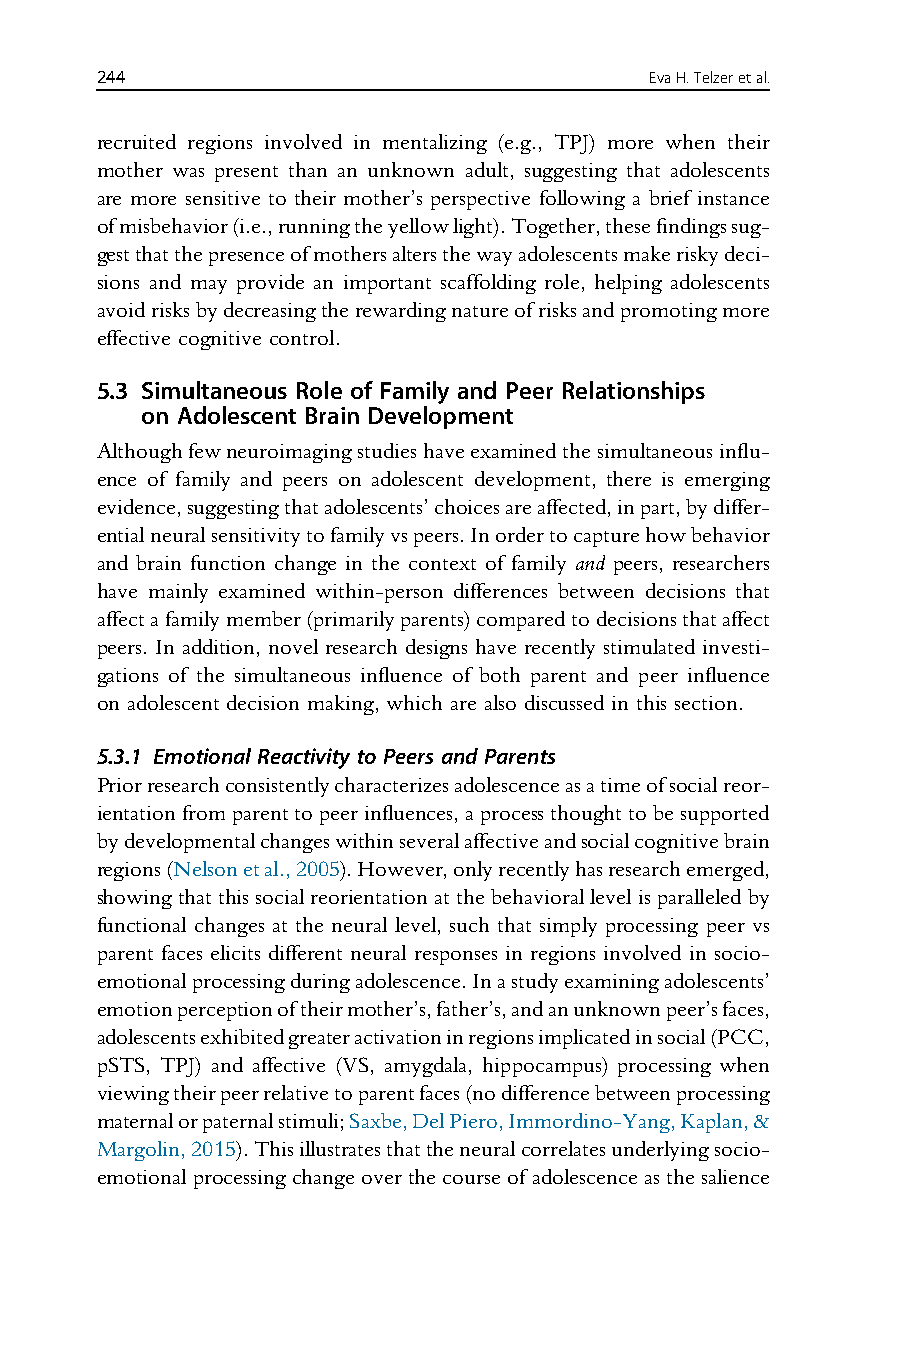
244                                  EvaH.Telzeretal.
 recruited regions involved in mentalizing (e.g., TPJ) more when their
 mother was present than an unknown adult, suggesting that adolescents
 are more sensitive to their mother’s perspective following a brief instance
 ofmisbehavior(i.e.,runningtheyellowlight).Together,thesefindingssug-
 gestthatthepresenceofmothersaltersthewayadolescentsmakeriskydeci-
 sions and may provide an important scaffolding role, helping adolescents
 avoidrisksbydecreasingtherewardingnatureofrisksandpromotingmore
 effective cognitive control.
 5.3 Simultaneous Role of Family and Peer Relationships
 on Adolescent Brain Development
 Althoughfewneuroimagingstudieshaveexaminedthesimultaneousinflu-
 ence of family and peers on adolescent development, there is emerging
 evidence,suggestingthatadolescents’choicesareaffected,inpart,bydiffer-
 entialneuralsensitivitytofamilyvspeers.Inordertocapturehowbehavior
 and brain function change in the context of family and peers, researchers
 have mainly examined within-person differences between decisions that
 affectafamilymember(primarilyparents)comparedtodecisionsthataffect
 peers. In addition, novel research designs have recently stimulated investi-
 gations of the simultaneous influence of both parent and peer influence
 on adolescent decision making, which are also discussed in this section.
 5.3.1 Emotional Reactivity to Peers and Parents
 Priorresearchconsistentlycharacterizesadolescenceasatimeofsocialreor-
 ientationfromparenttopeerinfluences,aprocessthoughttobesupported
 bydevelopmentalchangeswithinseveralaffectiveandsocialcognitivebrain
 regions(Nelsonetal.,2005).However,onlyrecentlyhasresearchemerged,
 showingthatthissocialreorientationatthebehaviorallevelisparalleledby
 functional changes at the neural level, such that simply processing peer vs
 parent faces elicits different neural responses in regions involved in socio-
 emotionalprocessingduringadolescence.Inastudyexaminingadolescents’
 emotionperceptionoftheirmother’s,father’s,andanunknownpeer’sfaces,
 adolescentsexhibitedgreateractivationinregionsimplicatedinsocial(PCC,
 pSTS, TPJ) and affective (VS, amygdala, hippocampus) processing when
 viewingtheirpeerrelativetoparentfaces(nodifferencebetweenprocessing
 maternalorpaternalstimuli;Saxbe,DelPiero,Immordino-Yang,Kaplan,&
 Margolin,2015).Thisillustratesthattheneuralcorrelatesunderlyingsocio-
 emotionalprocessingchangeoverthecourseofadolescenceasthesalience